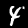
Digit: 4